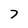
Character: 7